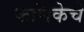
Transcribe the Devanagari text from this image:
कणिकेचे